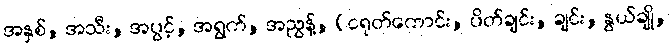
အနှစ်, အသီး, အပွင့်, အရွက်, အညွန့်, (ငရုတ်ကောင်း, ပိတ်ချင်း, ချင်း, နွယ်ချို,